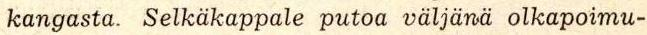
kangasta. Selkäkappale putoa väljänä olkapoimu-